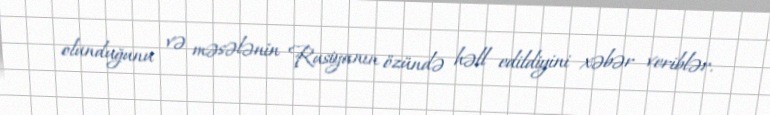
olunduğunu və məsələnin Rusiyanın özündə həll edildiyini xəbər veriblər.